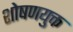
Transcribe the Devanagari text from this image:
शोषणयुक्त